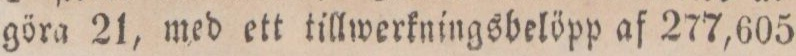
göra 21, med ett tillwerkningsbelöpp af 277,605